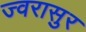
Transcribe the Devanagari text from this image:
ज्वरासुर